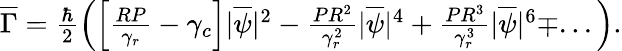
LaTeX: \begin{array}{r}{\overline{{\Gamma}}=\frac{\hbar}{2}\left(\left[\frac{RP}{\gamma_{r}}-\gamma_{c}\right]|\overline{{\psi}}|^{2}-\frac{PR^{2}}{\gamma_{r}^{2}}|\overline{{\psi}}|^{4}+\frac{PR^{3}}{\gamma_{r}^{3}}|\overline{{\psi}}|^{6}\mp...\right).}\end{array}